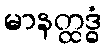
မာနတ္ထဒ္ဓံ